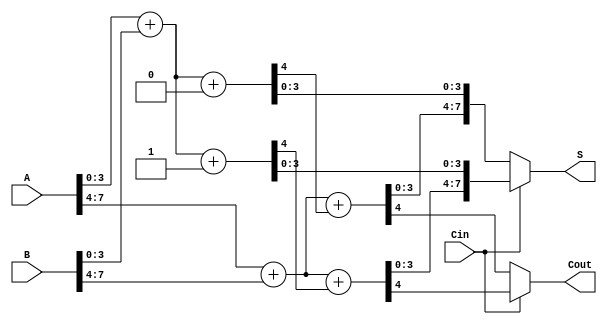
module CarrySelectAdder (
    input [7:0] A,      // First n-bit input
    input [7:0] B,      // Second n-bit input
    input Cin,          // Carry-in
    output [7:0] S,     // Sum output
    output Cout         // Carry-out
);

    // Internal signals for block 1
    wire [3:0] S1_0, S1_1; // Sums for block 1 with Cin = 0 and Cin = 1
    wire Cout_1_0, Cout_1_1; // Carry outs for block 1 with Cin = 0 and Cin = 1

    // Internal signals for block 2
    wire [3:0] S2_0, S2_1; // Sums for block 2 with Cin = 0 and Cin = 1
    wire Cout_2_0, Cout_2_1; // Carry outs for block 2 with Cin = 0 and Cin = 1

    // Block 1 (A[3:0] + B[3:0])
    assign {Cout_1_0, S1_0} = A[3:0] + B[3:0] + 1'b0; // When Cin = 0
    assign {Cout_1_1, S1_1} = A[3:0] + B[3:0] + 1'b1; // When Cin = 1

    // Block 2 (A[7:4] + B[7:4])
    assign {Cout_2_0, S2_0} = A[7:4] + B[7:4] + Cout_1_0; // When Cin = 0
    assign {Cout_2_1, S2_1} = A[7:4] + B[7:4] + Cout_1_1; // When Cin = 1

    // Mux for selecting sum and carry out based on Cin
    assign S = (Cin == 1'b0) ? {S2_0, S1_0} : {S2_1, S1_1};
    assign Cout = (Cin == 1'b0) ? Cout_2_0 : Cout_2_1;

endmodule